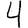
Digit: 4